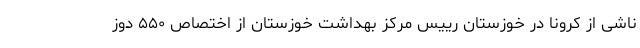
ناشی از کرونا در خوزستان رییس مرکز بهداشت خوزستان از اختصاص ۵۵۰ دوز